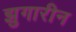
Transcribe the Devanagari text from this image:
झुगारीन